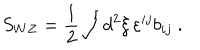
LaTeX: S _ { W Z } = { \frac { 1 } { 2 } } \int d ^ { 2 } \xi \, \varepsilon ^ { i j } b _ { i j } \ .